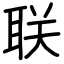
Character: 联